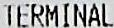
TERMINAL